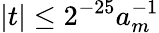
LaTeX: |t|\leq 2^{-25}a_{m}^{-1}